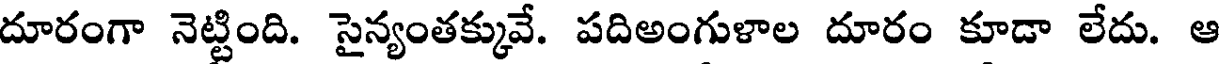
దూరంగా నెట్టింది. సైన్యంతక్కువే. పదిఅంగుళాల దూరం కూడా లేదు. ఆ